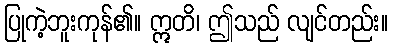
ပြုကဲ့ဘူးကုန်၏။ ဣတိ၊ ဤသည် လျင်တည်း။